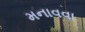
મનાવવા